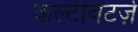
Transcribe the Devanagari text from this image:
कल्टीवेटर्ज़